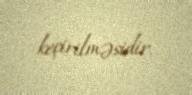
keçirilməsidir.